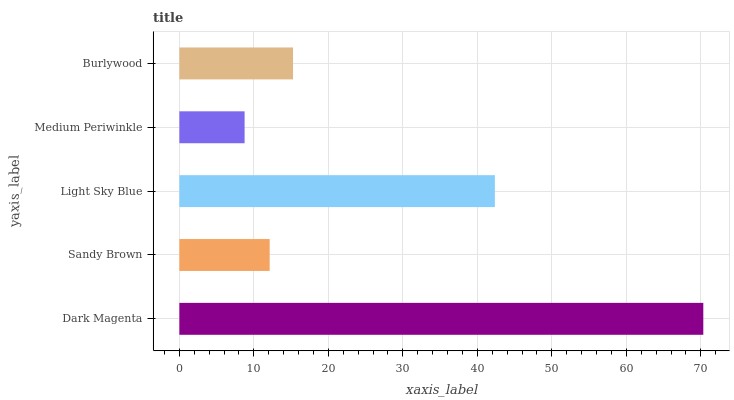
| yaxis_label | bars |
 | --- | --- |
 | Dark Magenta | 70.3 |
 | Sandy Brown | 12.1 |
 | Light Sky Blue | 42.4 |
 | Medium Periwinkle | 8.76 |
 | Burlywood | 15.3 |